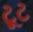
ટૂટ